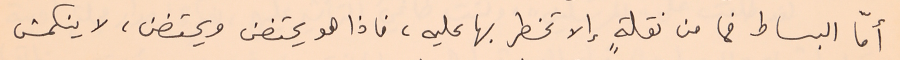
أمّا البساط فما من نقلةٍ إلا تخطر بها عليه، فاذا هو يحتضن ويحتضن، لا ينكمش